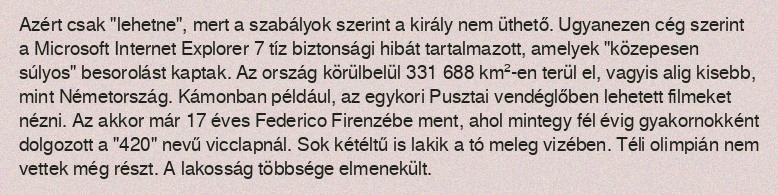
Azért csak "lehetne", mert a szabályok szerint a király nem üthető. Ugyanezen cég szerint a Microsoft Internet Explorer 7 tíz biztonsági hibát tartalmazott, amelyek "közepesen súlyos" besorolást kaptak. Az ország körülbelül 331 688 km²-en terül el, vagyis alig kisebb, mint Németország. Kámonban például, az egykori Pusztai vendéglőben lehetett filmeket nézni. Az akkor már 17 éves Federico Firenzébe ment, ahol mintegy fél évig gyakornokként dolgozott a "420" nevű vicclapnál. Sok kétéltű is lakik a tó meleg vizében. Téli olimpián nem vettek még részt. A lakosság többsége elmenekült.